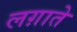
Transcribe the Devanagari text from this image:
लग़ाते